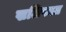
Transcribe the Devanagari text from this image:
खलिफात